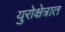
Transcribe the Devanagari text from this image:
युरोक्षेत्रात